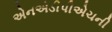
એનએડીપીએચની